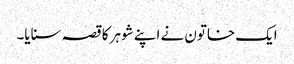
ایک خاتون نے اپنے شوہر کا قصہ سنایا۔